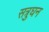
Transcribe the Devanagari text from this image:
सत्रुघन